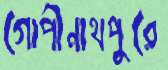
গোপীনাথপুরে